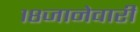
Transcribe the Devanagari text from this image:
१८जानेवारी